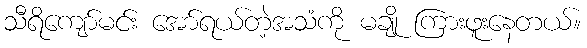
သီရိကျော်မင်း အော်ရယ်တဲ့အသံကို မချို ကြားဖူးနေတယ်။